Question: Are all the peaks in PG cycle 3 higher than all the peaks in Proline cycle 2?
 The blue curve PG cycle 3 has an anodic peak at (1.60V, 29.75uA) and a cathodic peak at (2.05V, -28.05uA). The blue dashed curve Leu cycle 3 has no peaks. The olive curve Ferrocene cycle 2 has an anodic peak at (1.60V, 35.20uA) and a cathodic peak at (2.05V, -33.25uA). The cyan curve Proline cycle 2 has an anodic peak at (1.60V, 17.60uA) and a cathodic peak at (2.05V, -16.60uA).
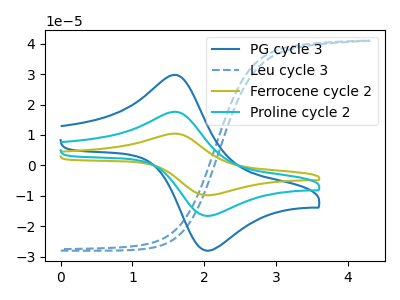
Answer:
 <answer>Every peak in "PG cycle 3" is higher than every peak in "Proline cycle 2".</answer>
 <eval>higher</eval>